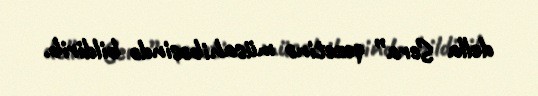
della Sera” qəzetinə müsahibəsində bildirib.